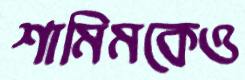
শামিমকেও